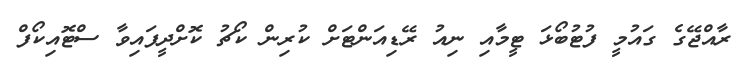
ރާއްޖޭގެ ގައުމީ ފުޓުބޯޅަ ޓީމާއި ނިއު ރޭޑިއަންޓަށް ކުރިން ކޯޗު ކޮށްދީފައިވާ ސްޓޮއިކޯފް